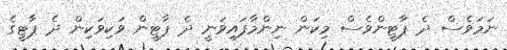
ނަމަވެސް ދެ ޕާޓީންވެސް މިކަން ނިންމާފައިވަނީ ދެ ޕާޓީން ވަކިވަކިން ދެ ޕާޓީގެ